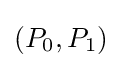
(P_{0},P_{1})